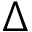
\Delta